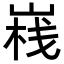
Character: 𡺄